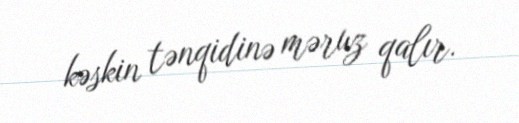
kəskin tənqidinə məruz qalır.